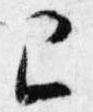
巳